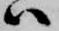
ハ